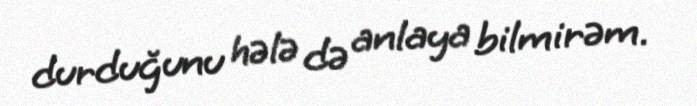
durduğunu hələ də anlaya bilmirəm.